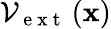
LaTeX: \mathcal{V}_{\mathrm{~e~x~t~}}\left({\mathbf x}\right)